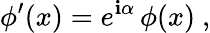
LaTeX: \phi^{\prime}(x)=e^{\mathbf{i}\alpha}\, \phi(x)\ ,